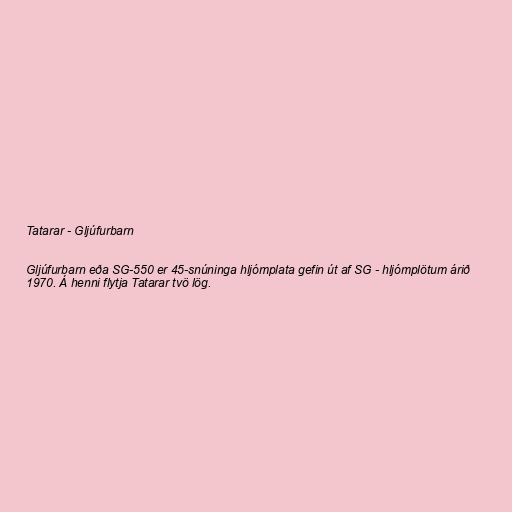
Tatarar - Gljúfurbarn

Gljúfurbarn eða SG-550 er 45-snúninga hljómplata gefin út af SG - hljómplötum árið
1970. Á henni flytja Tatarar tvö lög.